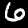
Label: 6